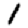
Digit: 1